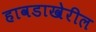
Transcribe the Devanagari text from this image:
हावडाखेरील